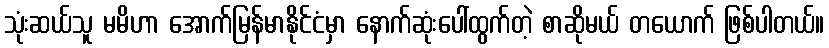
သုံးဆယ်သူ မမိဟာ အောက်မြန်မာနိုင်ငံမှာ နောက်ဆုံးပေါ်ထွက်တဲ့ စာဆိုမယ် တယောက် ဖြစ်ပါတယ်။